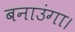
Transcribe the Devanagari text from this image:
बनाउंगा।